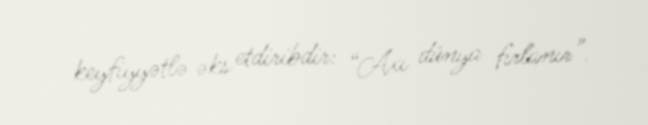
keyfiyyətlə əks etdiribdir: “Axı dünya fırlanır”.